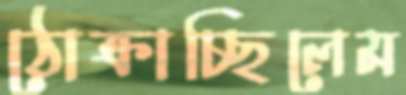
ঠোক্‌রাচ্ছিলেম